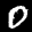
Label: 0